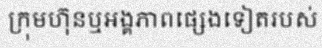
ក្រុមហ៊ុនឬអង្គភាពផ្សេងទៀតរបស់